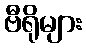
ဗီရိုများ